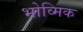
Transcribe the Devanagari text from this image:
भोव्मिक